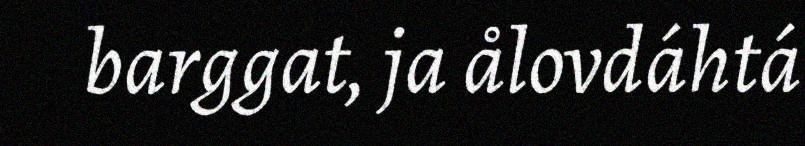
barggat, ja ålovdáhtá